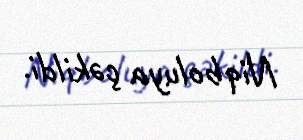
Niqboluya çəkildi.